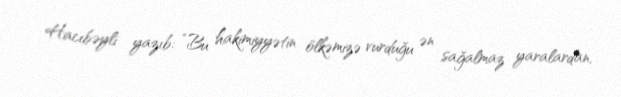
Hacıbəyli yazıb: “Bu hakimiyyətin ölkəmizə vurduğu ən sağalmaz yaralardan,